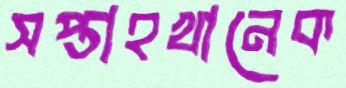
সপ্তাহখানেক